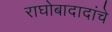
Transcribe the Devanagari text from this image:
राघोबादादांचे